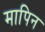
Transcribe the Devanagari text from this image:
मापिन